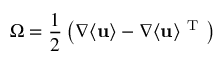
\boldsymbol { \Omega } = \frac { 1 } { 2 } \left( \nabla \langle { \bf { u } } \rangle - \nabla \langle { \bf { u } } \rangle ^ { \mathrm { ~ T ~ } } \right)